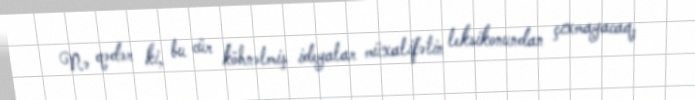
Nə qədər ki, bu cür köhnəlmiş ideyalar müxalifətin leksikonundan çıxmayacaq,